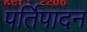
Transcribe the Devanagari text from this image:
पर्तिपादन